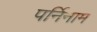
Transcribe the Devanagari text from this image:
पर्निनाम